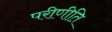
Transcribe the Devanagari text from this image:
परीणीति